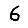
Digit: 6